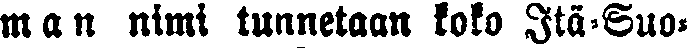
man nimi tunnetaan koko Itä-Suo-